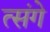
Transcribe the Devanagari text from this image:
त्संगे